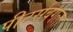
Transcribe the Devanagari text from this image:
पीटर्सबर्गला